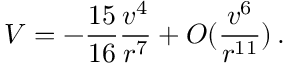
V = - \frac { 1 5 } { 1 6 } \frac { v ^ { 4 } } { r ^ { 7 } } + { \cal O } ( \frac { v ^ { 6 } } { r ^ { 1 1 } } ) \, .